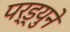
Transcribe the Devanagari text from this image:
पर्ड्युने